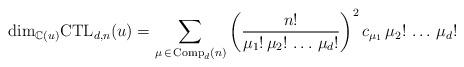
LaTeX: \begin{align*}{\rm dim}_{\mathbb{C}(u)}{\rm CTL}_{d,n}(u) = \sum_{\mu\, \in \, {\rm Comp}_d(n)} \left( \frac{n !}{\mu_1 ! \, \mu_2 ! \, \ldots \, \mu_d !} \right)^2 c_{\mu_1}\, \mu_2 ! \, \ldots \, \mu_d! \end{align*}